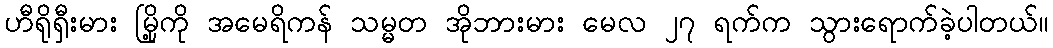
ဟီရိုရှီးမား မြို့ကို အမေရိကန် သမ္မတ အိုဘားမား မေလ ၂၇ ရက်က သွားရောက်ခဲ့ပါတယ်။